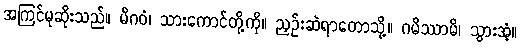
အကြင်မုဆိုးသည်။ မိဂဝံ၊ သားကောင်တို့ကို။ ညှဉ်းဆဲရာတောသို့။ ဂမိဿာမိ၊ သွားအံ့။